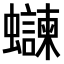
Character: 𫋨